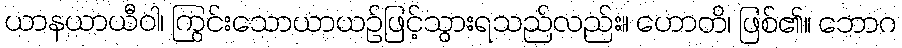
ယာနယာယီဝါ၊ ကြွင်းသောယာယဉ်ဖြင့်သွားရသည်လည်း။ ဟောတိ၊ ဖြစ်၏။ ဘောဂ